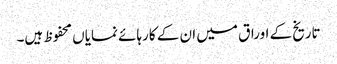
تاریخ کے اوراق میں ان کے کارہائے نمایاں محفوظ ہیں۔